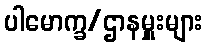
ပါမောက္ခ/ဌာနမှူးများ